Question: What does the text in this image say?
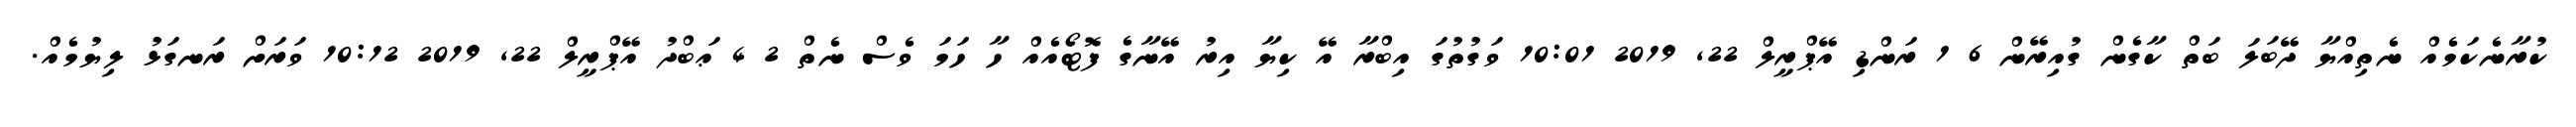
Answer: ކުރާނެކަމެއް ނެތިއްޔާ ދޭބަލަ ބަތް ކާގެން ގުއިރޭން 6 1 ރަންޑި އޭޕްރީލް 22, 2019 10:01 ވަގުތުގަ އިބްރާ އޭ ކިޔާ އިރު އޭނާގެ ފޮޓޯއެއް ހާ ހަމަ ވެސް ނެތް 2 4 ޢަބްދު އޭޕްރީލް 22, 2019 10:12 ވަރަށް ރަނގަޅު ލިޔުމެއް.